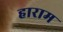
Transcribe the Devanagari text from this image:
हाराम